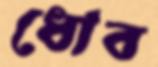
ধোব